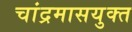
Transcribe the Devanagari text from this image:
चांद्रमासयुक्त